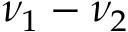
\nu _ { 1 } - \nu _ { 2 }